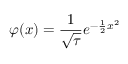
\varphi ( x ) = { \frac { 1 } { \sqrt { \tau } } } e ^ { - { \frac { 1 } { 2 } } x ^ { 2 } }